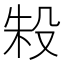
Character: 𬆤